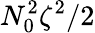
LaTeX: N_{0}^{2}\zeta^{2}/2